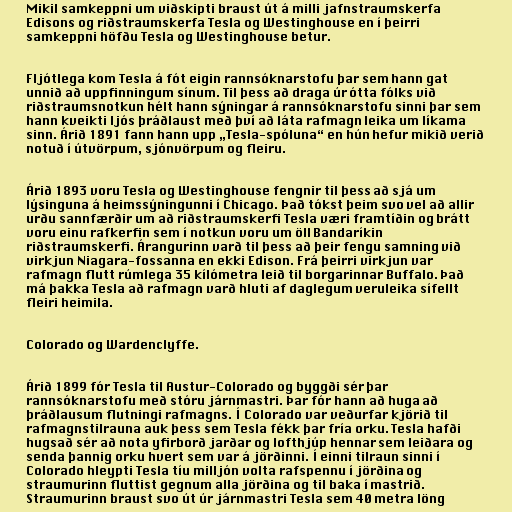
Mikil samkeppni um viðskipti braust út á milli jafnstraumskerfa
Edisons og riðstraumskerfa Tesla og Westinghouse en í þeirri
samkeppni höfðu Tesla og Westinghouse betur.

Fljótlega kom Tesla á fót eigin rannsóknarstofu þar sem hann gat
unnið að uppfinningum sínum. Til þess að draga úr ótta fólks við
riðstraumsnotkun hélt hann sýningar á rannsóknarstofu sinni þar sem
hann kveikti ljós þráðlaust með því að láta rafmagn leika um líkama
sinn. Árið 1891 fann hann upp „Tesla-spóluna“ en hún hefur mikið verið
notuð í útvörpum, sjónvörpum og fleiru.

Árið 1893 voru Tesla og Westinghouse fengnir til þess að sjá um
lýsinguna á heimssýningunni í Chicago. Það tókst þeim svo vel að allir
urðu sannfærðir um að riðstraumskerfi Tesla væri framtíðin og brátt
voru einu rafkerfin sem í notkun voru um öll Bandaríkin
riðstraumskerfi. Árangurinn varð til þess að þeir fengu samning við
virkjun Niagara-fossanna en ekki Edison. Frá þeirri virkjun var
rafmagn flutt rúmlega 35 kílómetra leið til borgarinnar Buffalo. Það
má þakka Tesla að rafmagn varð hluti af daglegum veruleika sífellt
fleiri heimila.

Colorado og Wardenclyffe.

Árið 1899 fór Tesla til Austur-Colorado og byggði sér þar
rannsóknarstofu með stóru járnmastri. Þar fór hann að huga að
þráðlausum flutningi rafmagns. Í Colorado var veðurfar kjörið til
rafmagnstilrauna auk þess sem Tesla fékk þar fría orku. Tesla hafði
hugsað sér að nota yfirborð jarðar og lofthjúp hennar sem leiðara og
senda þannig orku hvert sem var á jörðinni. Í einni tilraun sinni í
Colorado hleypti Tesla tíu milljón volta rafspennu í jörðina og
straumurinn fluttist gegnum alla jörðina og til baka í mastrið.
Straumurinn braust svo út úr járnmastri Tesla sem 40 metra löng